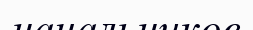
начальников